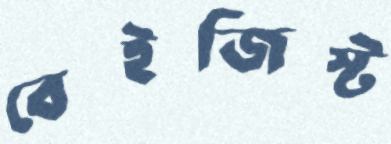
বেইজিস্ট